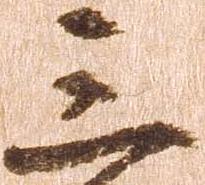
三